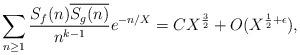
LaTeX: \begin{align*} \sum_{n \geq 1} \frac{S_f(n) \overline{S_g(n)}}{n^{k-1}} e^{-n/X} = C X^{\frac{3}{2}} + O(X^{\frac{1}{2} + \epsilon}),\end{align*}